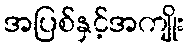
အပြစ်နှင့်အကျိုး